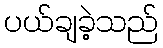
ပယ်ချခဲ့သည်